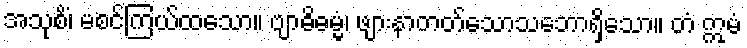
အသုစိံ၊ မစင်ကြယ်ထသော။ ဗျာဓိဓမ္မံ၊ ဖျားနာတတ်သောသဘောရှိသော။ တံ ဣမံ